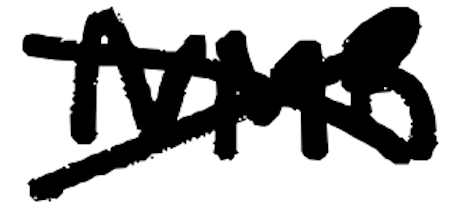
Text: NMR
Cross-out: cross
Writing tool: digital_black